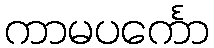
ကာမပင်္ကော